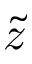
\Tilde { z }